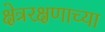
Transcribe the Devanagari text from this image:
क्षेत्ररक्षणाच्या